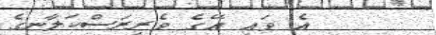
އެ ވައި އޭގެ ވެރިރަސްކަލާނގެ